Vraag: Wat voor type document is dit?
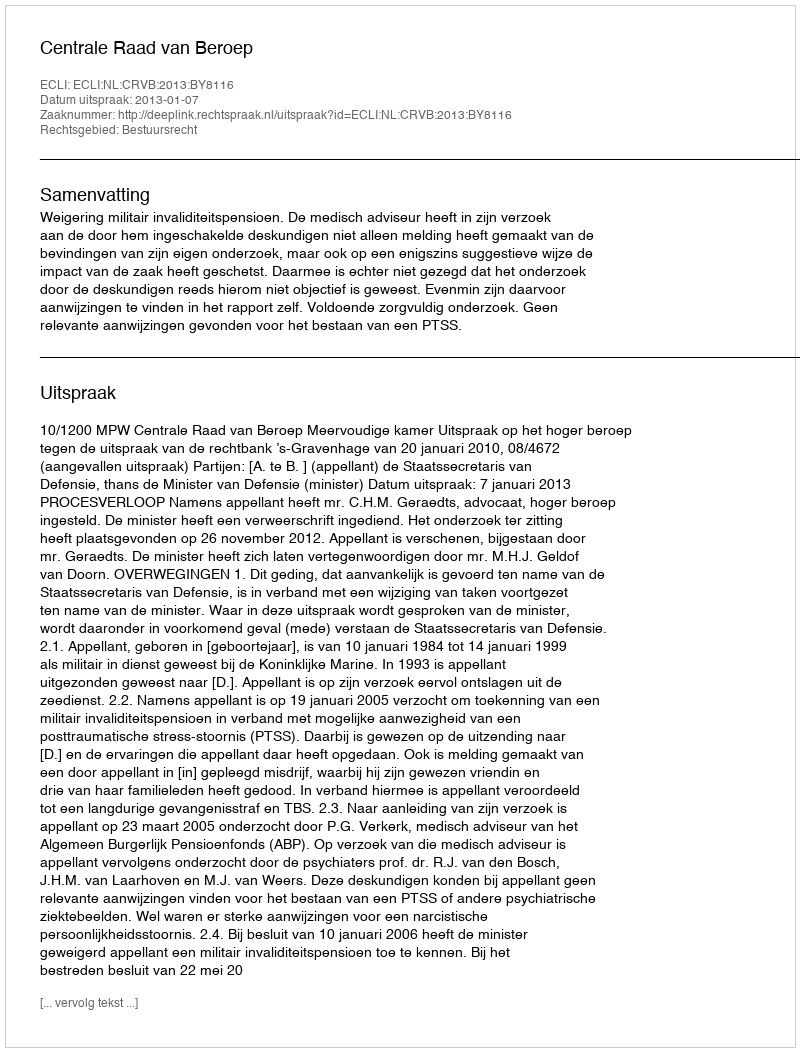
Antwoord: Uitspraak